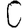
Digit: 0